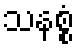
သနစ္စံ